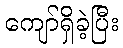
ကျော်ရှိခဲ့ပြီး